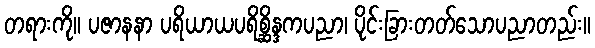
တရားကို။ ပဇာနနာ ပရိယာယပရိစ္ဆိန္ဒကပညာ၊ ပိုင်းခြားတတ်သောပညာတည်း။